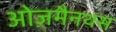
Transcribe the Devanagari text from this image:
ओज़मैनथस